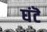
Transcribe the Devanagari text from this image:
घंटॆ